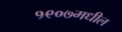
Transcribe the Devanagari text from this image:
१९०७मधील